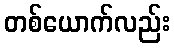
တစ်ယောက်လည်း